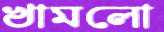
খামলো